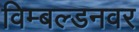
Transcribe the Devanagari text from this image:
विम्बल्डनवर